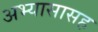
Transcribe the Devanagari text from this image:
अभ्यासासह